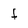
Character: F